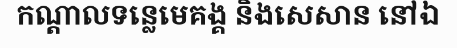
កណ្តាលទន្លេមេគង្គ និងសេសាន នៅឯ